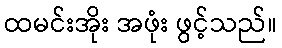
ထမင်းအိုး အဖုံး ဖွင့်သည်။